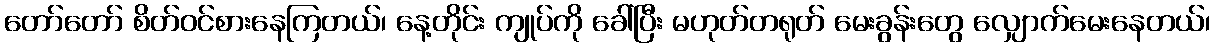
တော်တော် စိတ်ဝင်စားနေကြတယ်၊ နေ့တိုင်း ကျုပ်ကို ခေါ်ပြီး မဟုတ်တရုတ် မေးခွန်းတွေ လျှောက်မေးနေတယ်၊